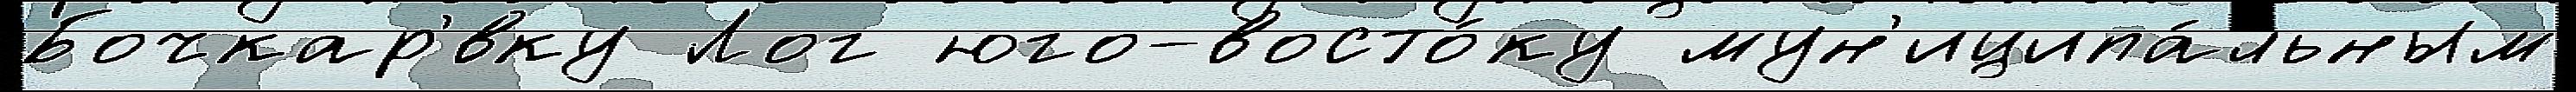
Бочкар'́вку Лог юго-восто́ку мун'иципа́льным